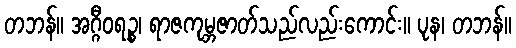
တဘန်။ အဂ္ဂီဝရဉ္စ၊ ရာဇကုမ္ဘဇာတ်သည်လည်းကောင်း။ ပုန၊ တဘန်။